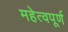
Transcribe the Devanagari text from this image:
महेत्वपूर्ण